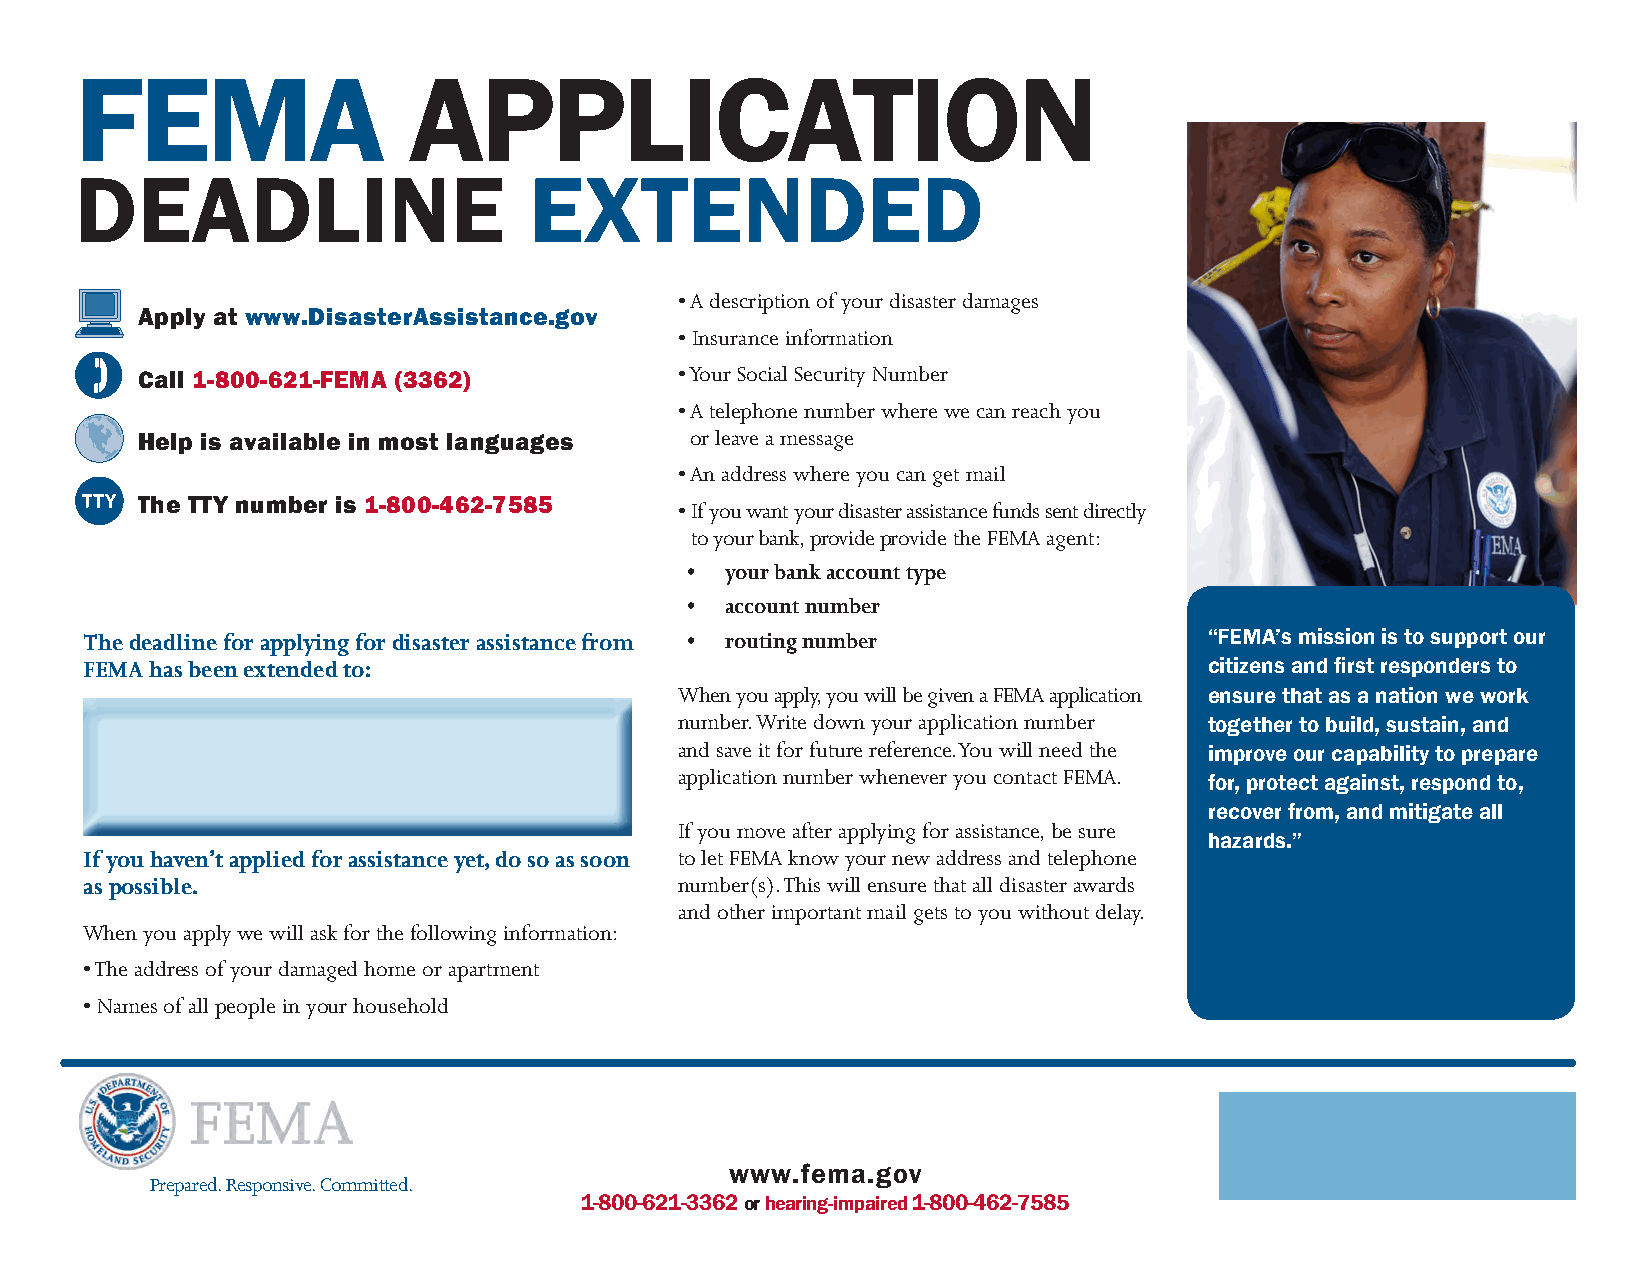
FEMA                  APPLICATION
 DEADLINE                      EXTENDED
 • A description of your disaster damages
 Apply at www.DisasterAssistance.gov
 • Insurance information
 • Your Social Security Number
 Call 1-800-621-FEMA (3362)
 • A telephone number where we can reach you
 Help is available in most languages  or leave a message
 • An address where you can get mail
 The TTY number is 1-800-462-7585    • If you want your disaster assistance funds sent directly
 to your bank, provide provide the FEMA agent:
 •  your bank account type
 •  account number
 The deadline for applying for disaster assistance from • routing number    “FEMA’s mission is to support our
 FEMA has been extended to:                                                 citizens and first responders to
 When you apply, you will be given a FEMA application ensure that as a nation we work
 number. Write down your application number together to build, sustain, and
 and save it for future reference. You will need the improve our capability to prepare
 application number whenever you contact FEMA.
 for, protect against, respond to,
 recover from, and mitigate all
 If you move after applying for assistance, be sure
 hazards.”
 If you haven’t applied for assistance yet, do so as soon to let FEMA know your new address and telephone
 as possible.                            number(s). This will ensure that all disaster awards
 and other important mail gets to you without delay.
 When you apply we will ask for the following information:
 • The address of your damaged home or apartment
 • Names of all people in your household
 www.fema.gov
 Prepared. Responsive. Committed.
 1-800-621-3362 or hearing-impaired 1-800-462-7585